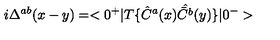
i \Delta ^ { a b } ( x - y ) = < 0 ^ { + } | T \{ \hat { C } ^ { a } ( x ) \hat { \bar { C } ^ { b } } ( y ) \} | 0 ^ { - } >